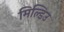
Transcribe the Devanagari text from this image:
मिल्डिउ